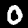
Digit: 0